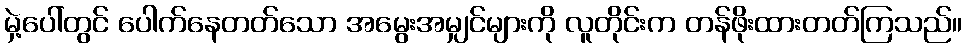
မှဲ့ပေါ်တွင် ပေါက်နေတတ်သော အမွေးအမျှင်များကို လူတိုင်းက တန်ဖိုးထားတတ်ကြသည်။